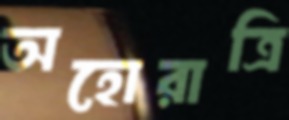
অহোরাত্রি